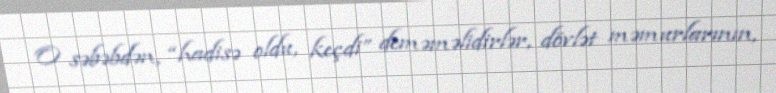
O səbəbdən, “hadisə oldu, keçdi” deməməlidirlər, dövlət məmurlarının,